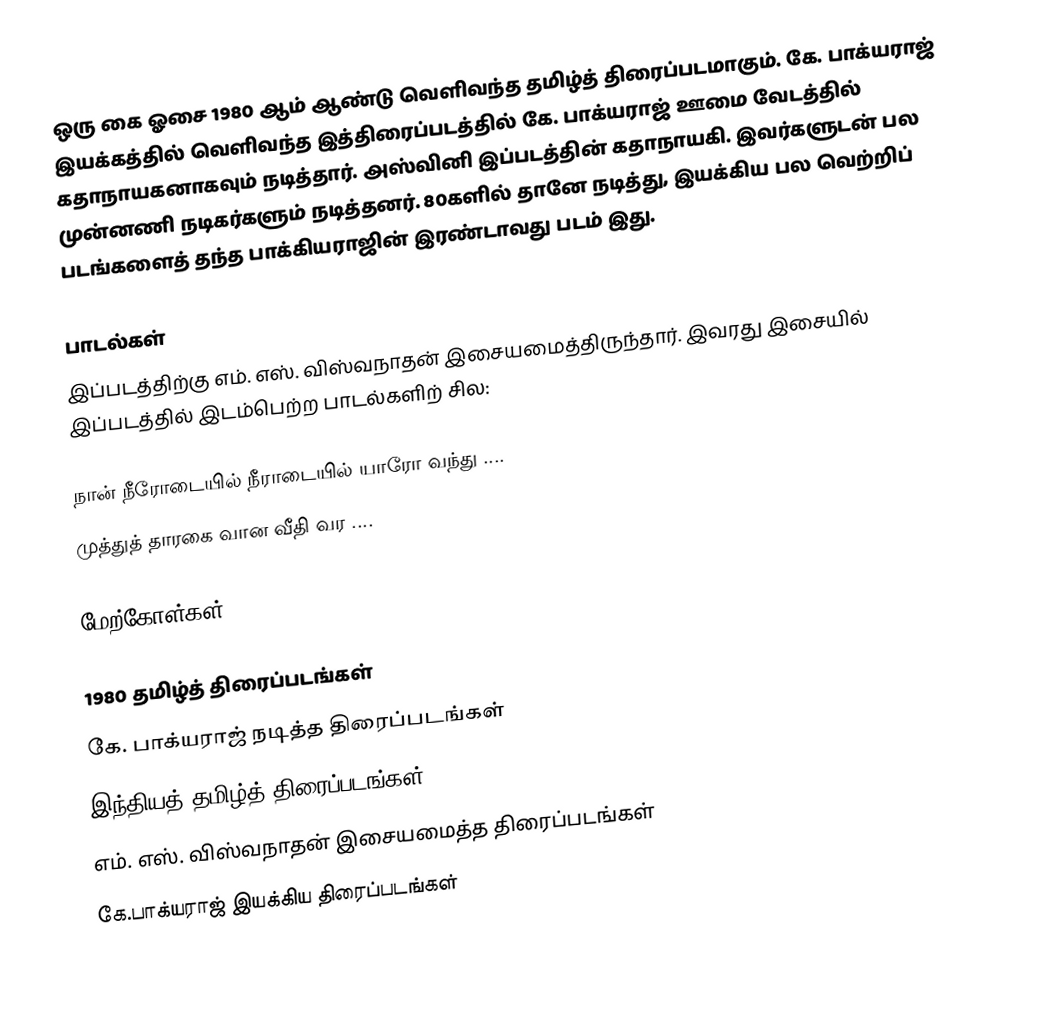
ஒரு கை ஓசை 1980 ஆம் ஆண்டு வெளிவந்த தமிழ்த் திரைப்படமாகும். கே. பாக்யராஜ் இயக்கத்தில் வெளிவந்த இத்திரைப்படத்தில் கே. பாக்யராஜ் ஊமை வேடத்தில் கதாநாயகனாகவும் நடித்தார். அஸ்வினி இப்படத்தின் கதாநாயகி. இவர்களுடன் பல முன்னணி நடிகர்களும் நடித்தனர். 80களில் தானே நடித்து, இயக்கிய பல வெற்றிப் படங்களைத் தந்த பாக்கியராஜின் இரண்டாவது படம் இது.

பாடல்கள்
இப்படத்திற்கு எம். எஸ். விஸ்வநாதன் இசையமைத்திருந்தார். இவரது இசையில் இப்படத்தில் இடம்பெற்ற பாடல்களிற் சில:

 நான் நீரோடையில் நீராடையில் யாரோ வந்து ....
 முத்துத் தாரகை வான வீதி வர ....

மேற்கோள்கள்

1980 தமிழ்த் திரைப்படங்கள்
கே. பாக்யராஜ் நடித்த திரைப்படங்கள்
இந்தியத் தமிழ்த் திரைப்படங்கள்
எம். எஸ். விஸ்வநாதன் இசையமைத்த திரைப்படங்கள்
கே.பாக்யராஜ் இயக்கிய திரைப்படங்கள்